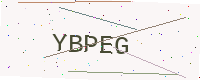
Text: YBPEG